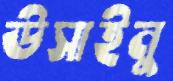
উসাইনু